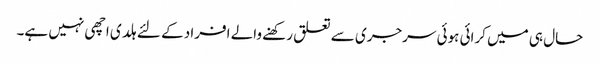
حال ہی میں کرائی ہوئی سرجری سے تعلق رکھنے والے افراد کے لئے ہلدی اچھی نہیں ہے۔